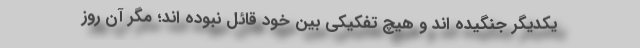
یکدیگر جنگیده اند و هیچ تفکیکی بین خود قائل نبوده اند؛ مگر آن روز